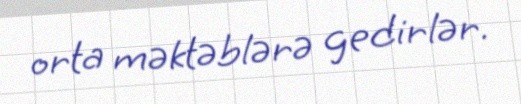
orta məktəblərə gedirlər.